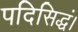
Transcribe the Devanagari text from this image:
पदिसिद्धं।